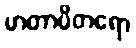
မာတာပိတရော